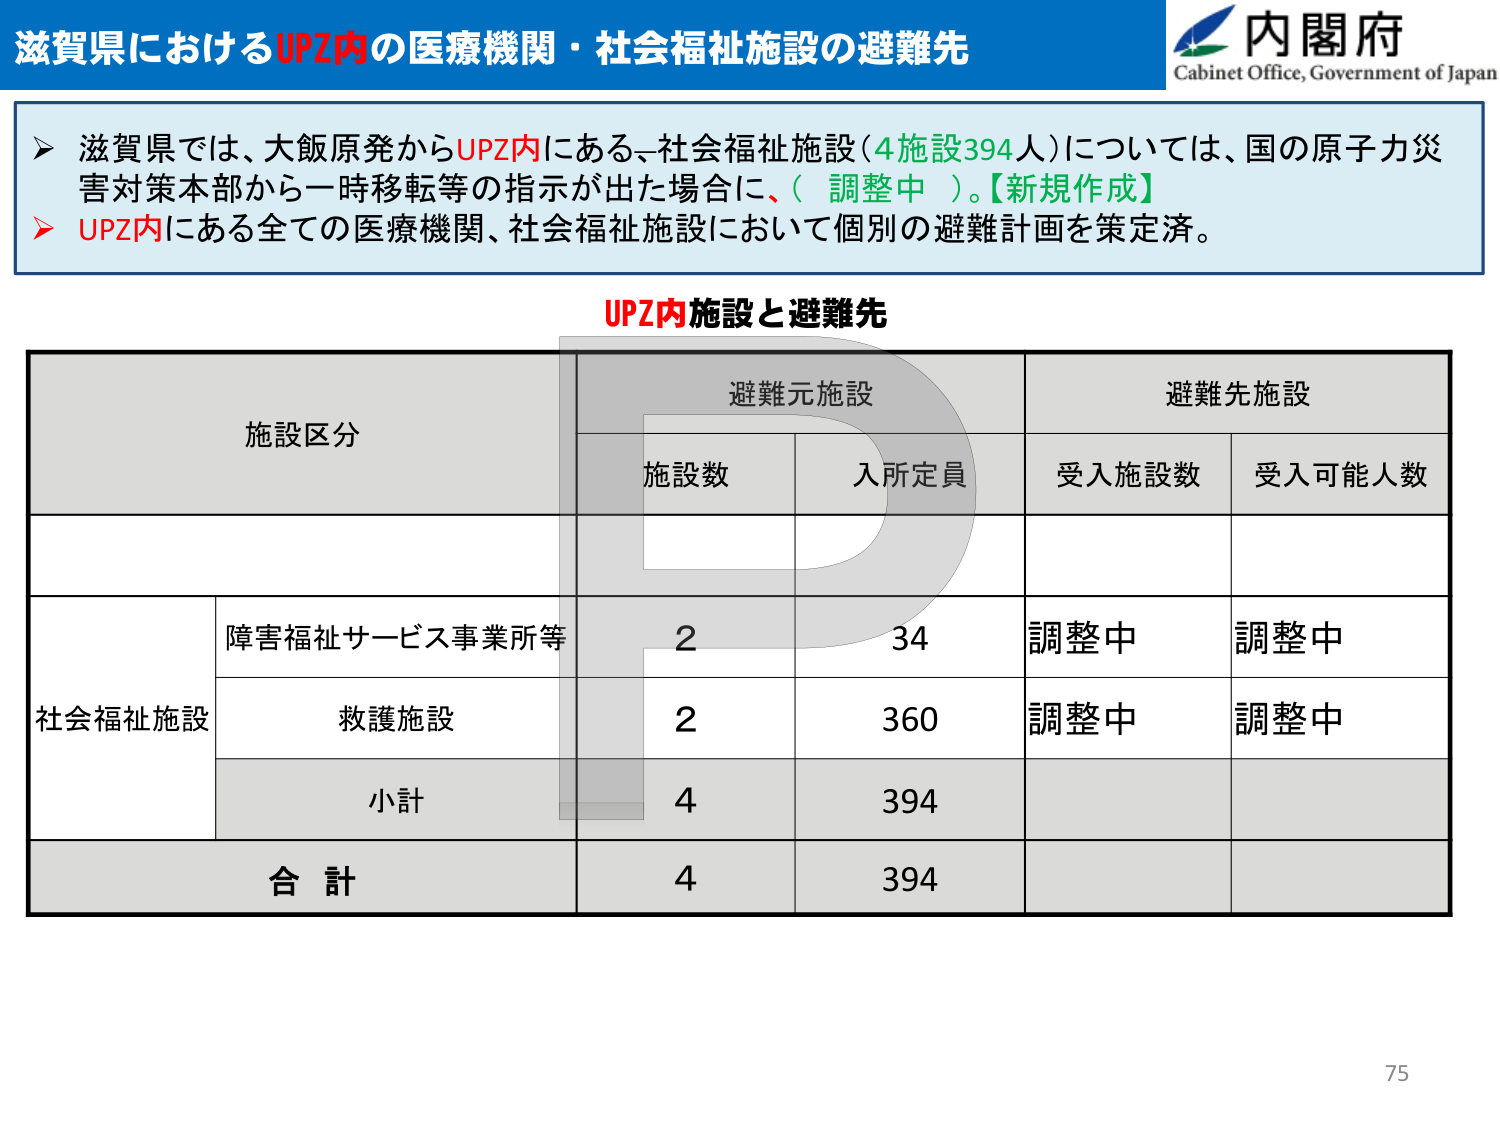
滋賀県におけるUPZ内の医療機関・社会福祉施設の避難先
内閣府
Cabinet Office, Government of Japan
▶ 滋賀県では、大飯原発からUPZ内にある、社会福祉施設（4施設394人）については、国の原子力災害対策本部から一時移転等の指示が出た場合に、（調整中）。【新規作成】
▶ UPZ内にある全ての医療機関、社会福祉施設において個別の避難計画を策定済。
UPZ内施設と避難先
施設区分
避難元施設
避難先施設
施設数
入所定員
受入施設数
受入可能人数
社会福祉施設
障害福祉サービス事業所等
2
34
調整中
調整中
救護施設
2
360
調整中
調整中
小計
4
394
合計
4
394
75